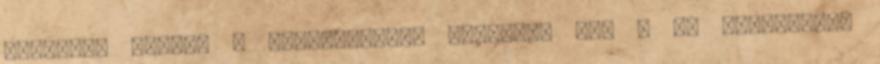
Olvasson tovább a kategóriában Iratkozz fel a G7 hírlevélre